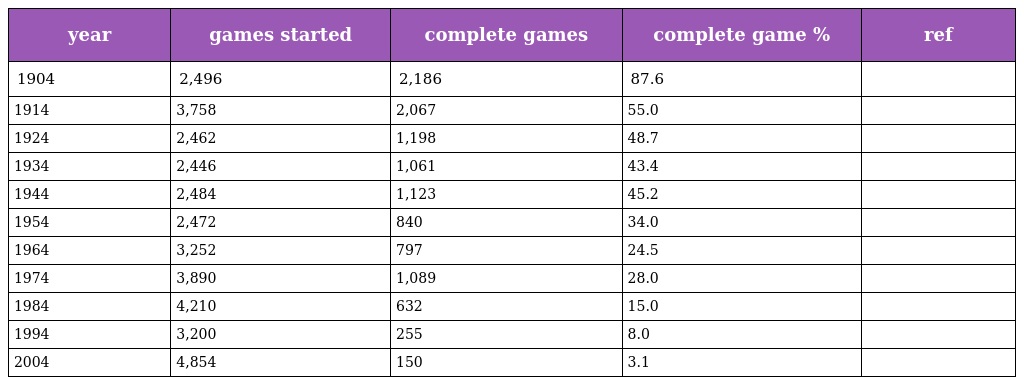
| year | games started | complete games | complete game % | ref |
 | --- | --- | --- | --- | --- |
 | 1904 | 2,496 | 2,186 | 87.6 |  |
 | 1914 | 3,758 | 2,067 | 55.0 |  |
 | 1924 | 2,462 | 1,198 | 48.7 |  |
 | 1934 | 2,446 | 1,061 | 43.4 |  |
 | 1944 | 2,484 | 1,123 | 45.2 |  |
 | 1954 | 2,472 | 840 | 34.0 |  |
 | 1964 | 3,252 | 797 | 24.5 |  |
 | 1974 | 3,890 | 1,089 | 28.0 |  |
 | 1984 | 4,210 | 632 | 15.0 |  |
 | 1994 | 3,200 | 255 | 8.0 |  |
 | 2004 | 4,854 | 150 | 3.1 |  |